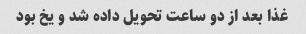
غذا بعد از دو ساعت تحویل داده شد و یخ بود